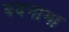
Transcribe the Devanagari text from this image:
बदनाम।